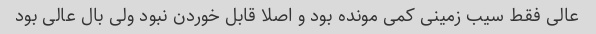
عالی فقط سیب زمینی کمی مونده بود و اصلا قابل خوردن نبود ولی بال عالی بود